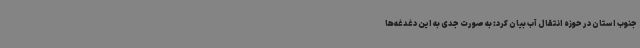
جنوب استان در حوزه انتقال آب بیان کرد: به صورت جدی به این دغدغه‌ها